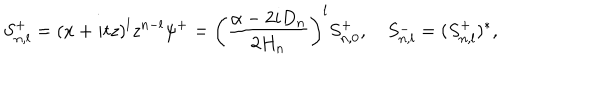
LaTeX: S _ { n , l } ^ { + } = ( x + i t z ) ^ { l } z ^ { n - l } \psi ^ { + } = \left( \frac { \alpha - 2 i D _ { n } } { 2 H _ { n } } \right) ^ { l } S _ { n , 0 } ^ { + } , \quad S _ { n , l } ^ { - } = ( S _ { n , l } ^ { + } ) ^ { * } ,